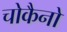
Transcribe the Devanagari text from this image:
चोकैनो